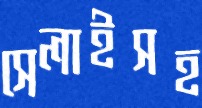
সেলাইসহ